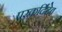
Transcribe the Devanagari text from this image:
परकर्दिदेव